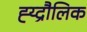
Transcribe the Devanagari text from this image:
ह्य्द्रौलिक